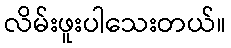
လိမ်းဖူးပါသေးတယ်။